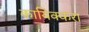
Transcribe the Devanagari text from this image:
कायिक्करा